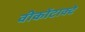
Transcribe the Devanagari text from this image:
वीकोंटाक्टे